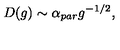
D ( g ) \sim \alpha _ { p a r } g ^ { - 1 / 2 } ,